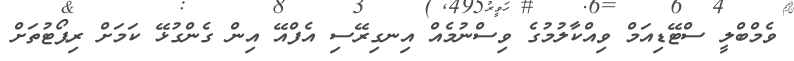
ވެމްބްލީ ސްޓޭޑިއަމް ވިއްކާލުމުގެ ވިސްނުމެއް އިނގިރޭސި އެފްއޭ އިން ގެންގުޅޭ ކަމަށް ރިޕޯޓުތަށް